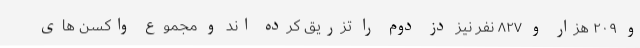
و ۲۰۹ هزار و ۸۲۷ نفر نیز دُز دوم را تزریق کرده اند و مجموع واکسن های